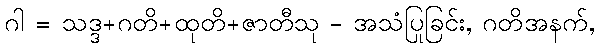
ဂါ = သဒ္ဒ+ဂတိ+ထုတိ+ဇာတီသု - အသံပြုခြင်း, ဂတိအနက်,